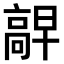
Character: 𫘷